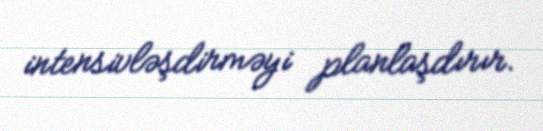
intensivləşdirməyi planlaşdırır.